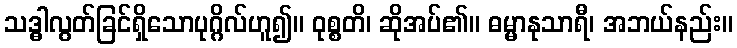
သဒ္ဓါလွတ်ခြင်ရှိသောပုဂ္ဂိလ်ဟူ၍။ ဝုစ္စတိ၊ ဆိုအပ်၏။ ဓမ္မာနုသာရီ၊ အဘယ်နည်း။